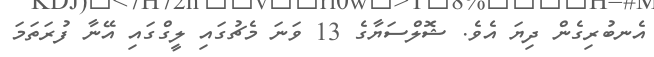
އެނބުރިގެން ދިޔަ އެވެ. ޝޮލްސަޔާގެ 13 ވަނަ މެޗުގައި ލީގްގައި އޭނާ ފުރަތަމަ